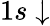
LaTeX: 1s\downarrow